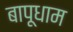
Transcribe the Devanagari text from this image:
बापूधाम